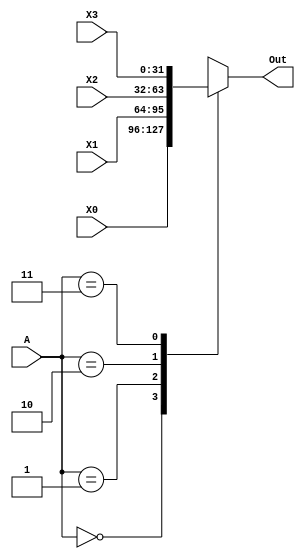
module BIGMUX2(A,X0,X1,X2,X3,Out);

//non-clocked mux 
input [1:0] A;
input [31:0] X3,X2,X1,X0;
output [31:0] Out;
 
reg [31:0] Out;
 
always@(A,X3,X2,X1,X0) 
begin   
    case(A)       
        2'b00:         Out <= X0;
        2'b01:         Out <= X1;
        2'b10:         Out <= X2;
        2'b11:         Out <= X3;
    endcase 
end
  
endmodule